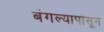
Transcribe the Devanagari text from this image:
बंगल्यापासून